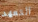
التعهد